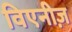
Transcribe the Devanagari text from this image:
विएनीज़